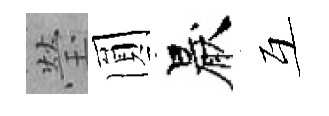
瑩圎厭互